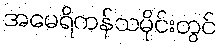
အမေရိကန်သမိုင်းတွင်